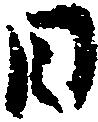
日